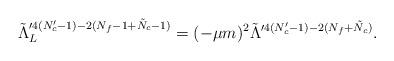
LaTeX: \begin{align*} \tilde{\Lambda}_L^{\prime 4(N_c'-1)-2(N_f-1+\tilde{N}_c-1)} =(-\mu m)^2\tilde{\Lambda}^{\prime 4(N_c'-1)-2(N_f+\tilde{N}_c)}.\end{align*}